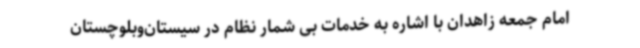
امام جمعه زاهدان با اشاره به خدمات بی شمار نظام در سیستان‌وبلوچستان